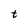
Character: t